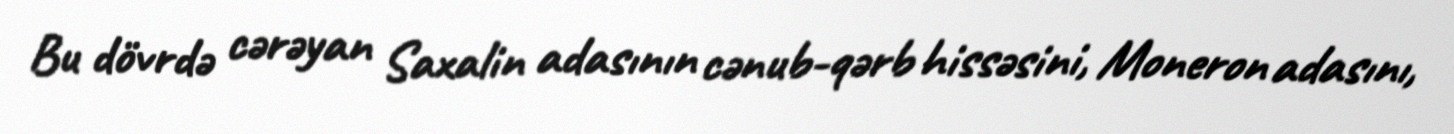
Bu dövrdə cərəyan Saxalin adasının cənub-qərb hissəsini, Moneron adasını,